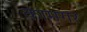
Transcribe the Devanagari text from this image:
कामगर